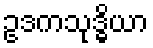
ဥဒကသုဒ္ဓိယာ